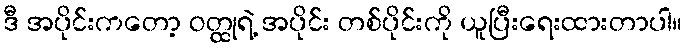
ဒီ အပိုင်းကတော့ ဝတ္ထုရဲ့ အပိုင်း တစ်ပိုင်းကို ယူပြီးရေးထားတာပါ။